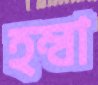
হম্বা